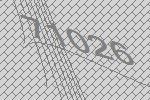
71026